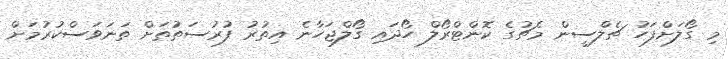
މި ގޯލަށްފަހު ޗެލްސީން މެޗުގެ ކޮންޓްރޯލް ހޯދައި ގޯލްޖަހާނެ އިތުރު ފުރުސަތުތަށް ތަނަވަސްކުރުމަށް